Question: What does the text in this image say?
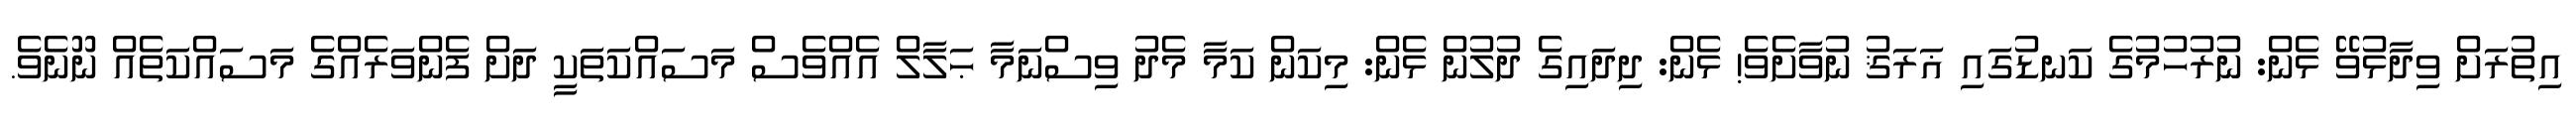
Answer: އިތުރަށް ވިދާޅުވޭ ޅެން: ނުރުހުމުގެ ކަނޑުގައި ޣަރަޤު ނުވާށެވެ! ޅެން: ދިދައިގެ ދުލުން ޅެން: މިކަން ކަމާ މެދު ވިސްނަމާ ޙަލާލް އެއްވެސް މަސައްކަތަކީ ދަށް ފެންވަރެއްގެ މަސައްކަތެއް ނޫނެވެ.